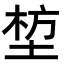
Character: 堏